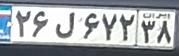
۲۶ل۶۷۲۳۸